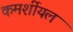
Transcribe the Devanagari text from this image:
कमर्शीयल